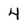
Character: 4